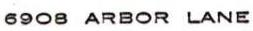
6908 ARBOR LANE